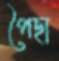
পৈছা